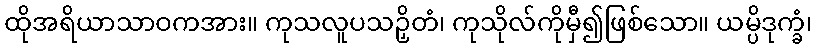
ထိုအရိယာသာဝကအား။ ကုသလူပသဉှိတံ၊ ကုသိုလ်ကိုမှီ၍ဖြစ်သော။ ယမ္ပိဒုက္ခံ၊